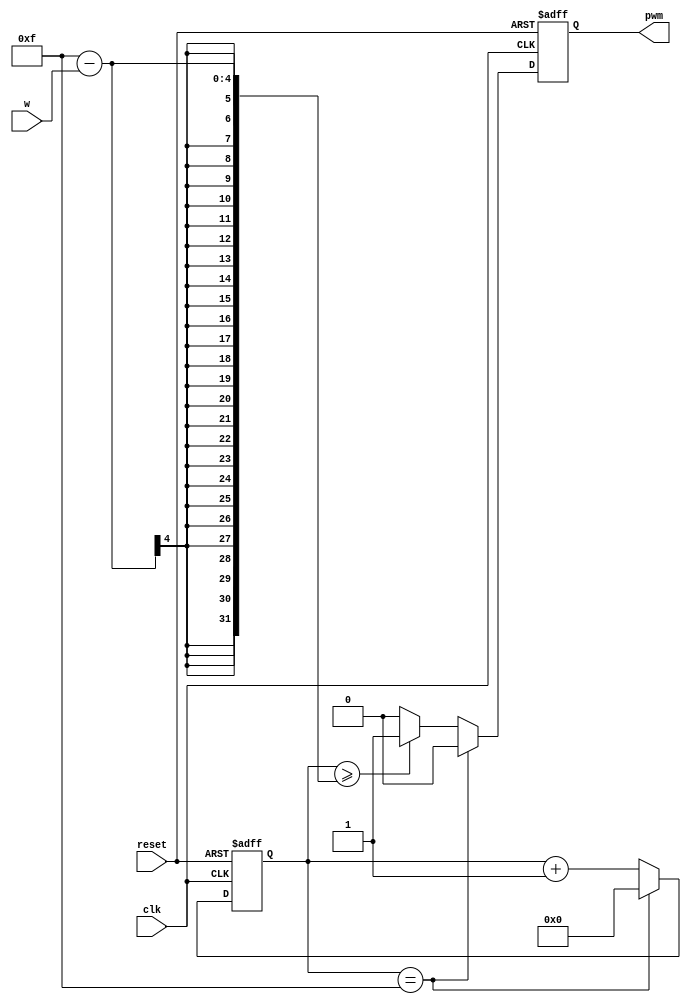
`timescale 1ns / 1ps
//////////////////////////////////////////////////////////////////////////////////
// Company: 
// Engineer: 
// 
// Design Name: 
// Module Name: pwm_4b
// Project Name: 
// Target Devices: 
// Tool Versions: 
// Description: 
// 
// Dependencies: 
// 
// Revision:
// Revision 0.01 - File Created
// Additional Comments:
// 
//////////////////////////////////////////////////////////////////////////////////


module pwm_4b(
    input clk,
    input reset,
    input [3:0] w,   //unsigned integer, duty cycle is w/16 for amount positive (1) of pulse
    output pwm       //output pwm signal, varying duty cycle dependent on w
    );
    
    reg  [3:0] count_reg;
    wire [3:0] count_next;
    
    reg  pwm_reg;
    wire pwm_next;
    
    //register
    always @(posedge clk, posedge reset)
    begin
        if(reset)
            begin
                count_reg = 0;
                pwm_reg = 0;
            end
        else
            begin
                count_reg <= count_next;
                pwm_reg <= pwm_next;
            end
    end

    //next state logic
    //if counter at max (15), reset to 0
    assign count_next = (count_reg == 15) ? 4'b0000 : count_reg + 1;
    
    //if pwm signal at max number for logic 1 output, set to 0
    assign pwm_next   = (count_reg == 15)      ? 1'b0 :  //if count at max, reset to 1
                        (count_reg >= 15 - w)  ? 1'b1 :  //if count greater or equal to w, update pwm signal to 0
                                                 1'b0;   //otherwise if less than w, update 1
    //output logic
    assign pwm = pwm_reg;
    
endmodule